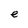
Character: e